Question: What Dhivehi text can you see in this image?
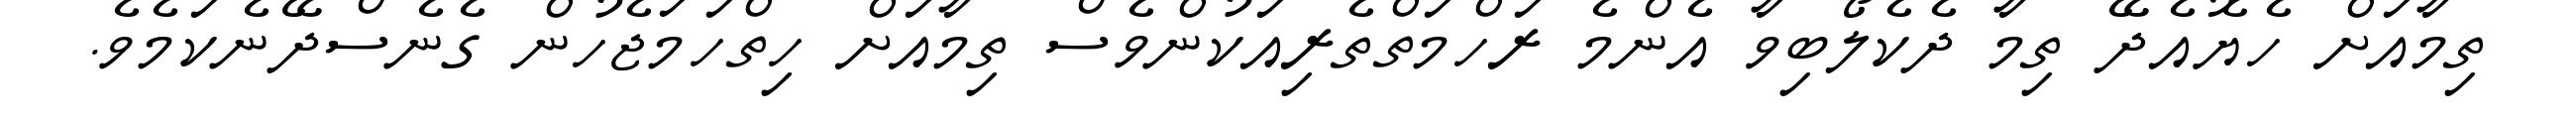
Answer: ތިމާއަށް ހެޔޮއެދޭ ތިމާ ދެކެލޯބިވާ އެންމެ ރަހްމަތްތެރިއަކުންވެސް ތިމާއަށް ހިތްހަމަޖެހުން ގެނެސްދޭނެކަމެވެ.